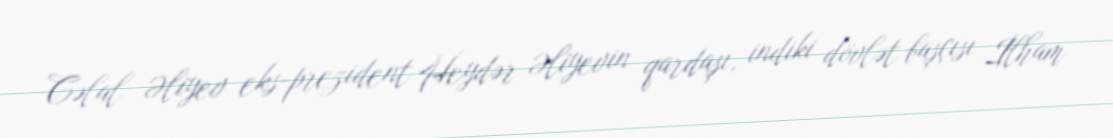
Cəlal Əliyev eks-prezident Heydər Əliyevin qardaşı, indiki dövlət başçısı İlham